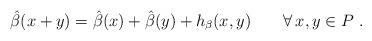
LaTeX: \begin{align*} \hat{\beta}(x+y)=\hat{\beta}(x)+\hat{\beta}(y)+h_\beta(x,y)\qquad\forall\, x,y\in P\ . \end{align*}